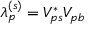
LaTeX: \lambda _ { p } ^ { ( s ) } = V _ { p s } ^ { * } V _ { p b }